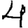
Digit: 4